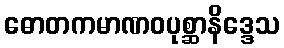
ဓောတကမာဏဝပုစ္ဆာနိဒ္ဒေသ